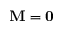
\mathbf M = \mathbf 0